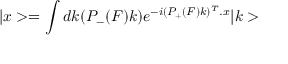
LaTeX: | x > = \int d k \d ( P _ { - } ( F ) k ) e ^ { - i ( P _ { + } ( F ) k ) ^ { T } . x } | k >